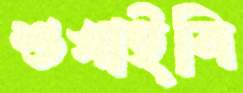
শুখাইবি